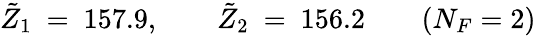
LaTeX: \tilde{Z}_{1}\ =\ 157.9,\qquad\tilde{Z}_{2}\ =\ 156.2\qquad(N_{F}=2)